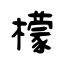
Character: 檬